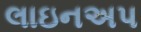
લાઇનઅપ